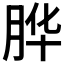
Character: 𱼇